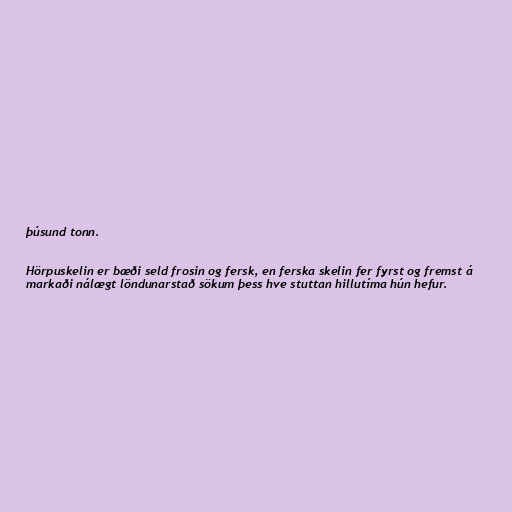
þúsund tonn.

Hörpuskelin er bæði seld frosin og fersk, en ferska skelin fer fyrst og fremst á
markaði nálægt löndunarstað sökum þess hve stuttan hillutíma hún hefur.